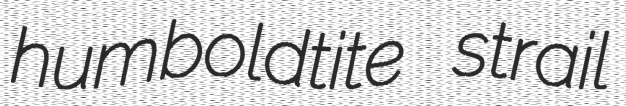
humboldtite strail